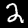
Digit: 2